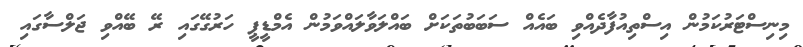
މިނިސްޓަރުކަމުން އިސްތިއުފާދެއްވި ބައެއް ސަބަބުތަކަށް ބައްލަވާލައްވަމުން އެމްޑީޕީ ހަރުގޭގައި ރޭ ބޭއްވި ޖަލްސާގައި